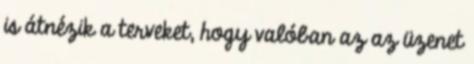
is átnézik a terveket, hogy valóban az az üzenet